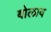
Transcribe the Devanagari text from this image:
बोलाव